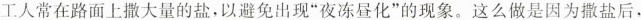
工人常在路面上撒大量的盐，以避免出现”夜冻昼化”的现象。这么做是因为撒盐后，